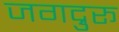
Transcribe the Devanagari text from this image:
जगद्रुरू